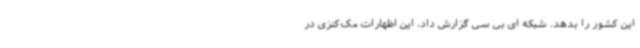
این کشور را بدهد. شبکه ای بی سی گزارش داد، این اظهارات مک‌کنزی در